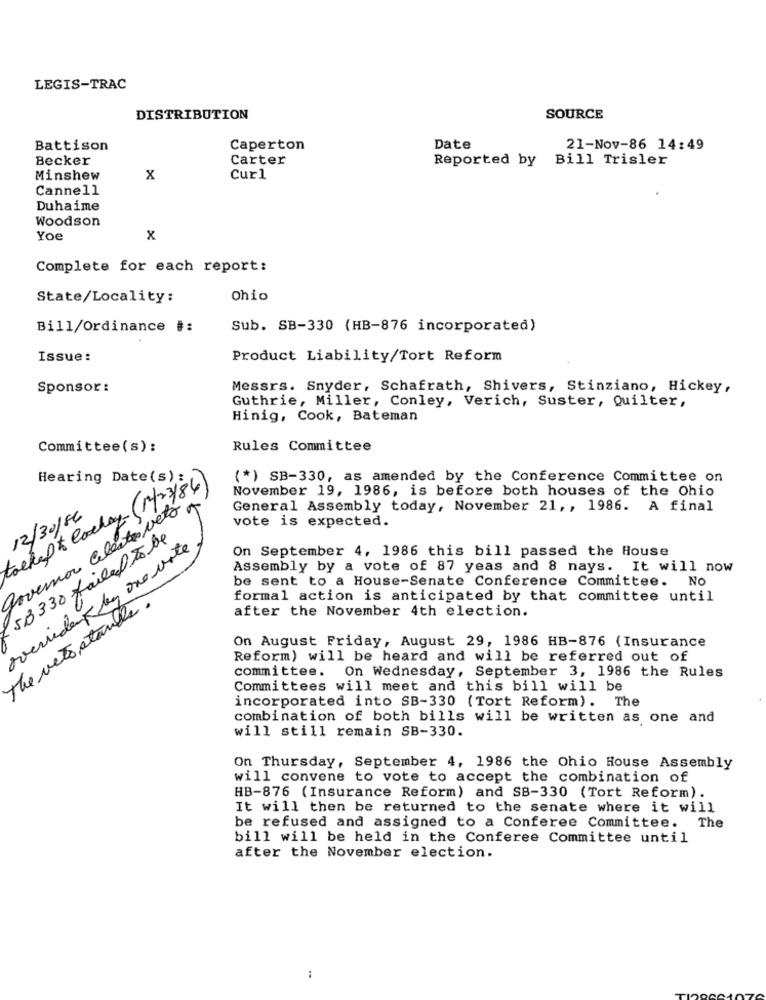
LEGIS-TRAC
DISTRIBUTION
SOURCE
Battison
Caperton
Date
21-Nov-86 14:49
Becker
Carter
Reported by
Bill Trisler
Minshew
x
Curl
Cannell
Duhaime
Woodson
Yoe
x
Complete for each report:
State/Locality:
Ohio
Bill/Ordinance #:
Sub. SB-330 (HB-876 incorporated)
Issue:
Product Liability/Tort Reform
Sponsor :
Messrs. Snyder, Schafrath, Shivers, Stinziano, Hickey,
Guthrie, Miller, Conley, Verich, Suster, Quilter,
Hinig, Cook, Bateman
Committee(s):
Rules Committee
toekept Coxhay- (14 2 3/84)
Hearing Date(s):
(*) SB-330, as amended by the Conference Committee on
November 19, 1986, is before both houses of the Ohio
Povemor Celeste Neto
General Assembly today, November 21 ,, 1986. A final
12/30/86
vote is expected.
53330 failed Tobe
overleden by one vote
On September 4, 1986 this bill passed the House
Assembly by a vote of 87 yeas and 8 nays. It will now
be sent to a House-Senate Conference Committee. No
The vetoptanlle.
formal action is anticipated by that committee until
after the November 4th election.
On August Friday, August 29, 1986 HB-876 (Insurance
Reform) will be heard and will be referred out of
committee. On Wednesday, September 3, 1986 the Rules
Committees will meet and this bill will be
incorporated into SB-330 (Tort Reform). The
combination of both bills will be written as one and
will still remain SB-330.
On Thursday, September 4, 1986 the Ohio House Assembly
will convene to vote to accept the combination of
HB-876 (Insurance Reform) and SB-330 (Tort Reform).
It will then be returned to the senate where it will
be refused and assigned to a Conferee Committee. The
bill will be held in the Conferee Committee until
after the November election.
: